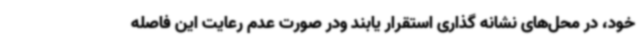
خود، در محل‌های نشانه گذاری استقرار یابند ودر صورت عدم رعایت این فاصله